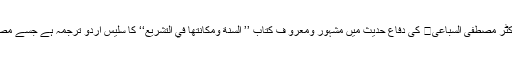
زیر تبصرہ کتاب ’’حدیث رسولﷺ کا تشریعی مقام‘‘سوریا کے معروف مفکر جید عالم دین ڈاکٹر مصطفیٰ السباعی کی دفاع حدیث میں مشہور ومعرو ف کتاب ’’ السنة ومكانتها في التشريع‘‘ کا سلیس اردو ترجمہ ہے جسے مصنف موصوف نے 1949 میں جامعہ ازہر سے حصول ڈگری کے لیے بطور مقالہ پیش کیا ۔